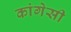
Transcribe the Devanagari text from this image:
कांगेसी